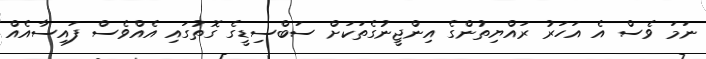
ނަމަ ވެސް އެ އަހަރު ރައްޔިތުންގެ އިންޖީނުގެތަކަށް ސަބްސިޑީގެ ގޮތުގައި އެއްވެސް ފައިސާއެއް